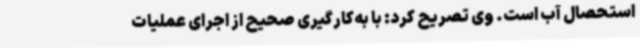
استحصال آب است. وی تصریح کرد: با به‌کارگیری صحیح از اجرای عملیات